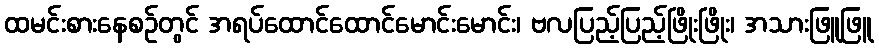
ထမင်းစားနေစဉ်တွင် အရပ်ထောင်ထောင်မောင်းမောင်း၊ ဗလပြည့်ပြည့်ဖြိုးဖြိုး၊ အသားဖြူဖြူ